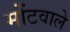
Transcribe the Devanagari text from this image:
मोंटवाले